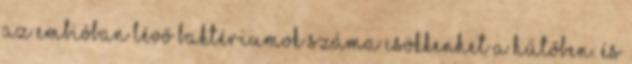
az embióban lévő baktériumok száma csökkenhet a hűtőben. És